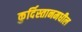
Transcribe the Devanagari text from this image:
कुर्दिस्तानमधील